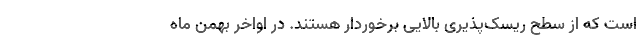
است که از سطح ریسک‌پذیری بالایی برخوردار هستند. در اواخر بهمن ماه